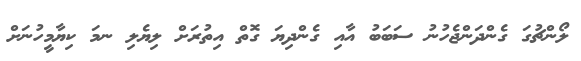
ލޯންޗުގަ ގެންދަންޖެހުނު ސަބަބު އާއި ގެންދިޔަ ގޮތް އިތުރަށް ލިޔެލި ނމަ ކިޔާމީހުނަށް